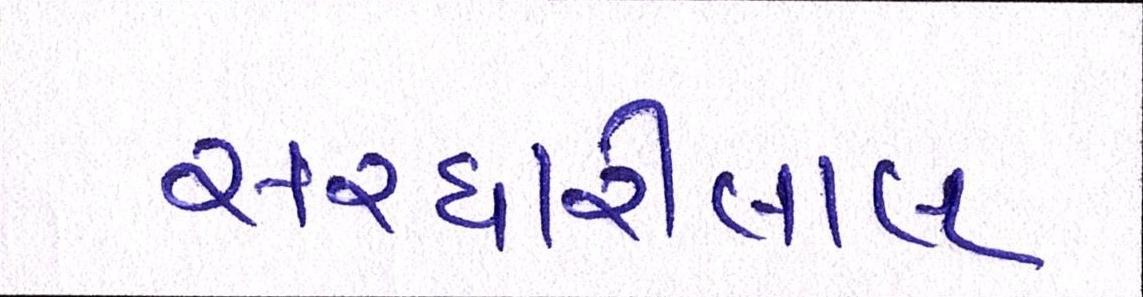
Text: સરધારીલાલ